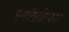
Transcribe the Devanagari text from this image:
एनॉलाटिकल